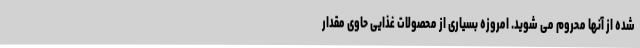
شده از آنها محروم می شوید. امروزه بسیاری از محصولات غذایی حاوی مقدار